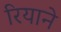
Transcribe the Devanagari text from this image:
रियाने